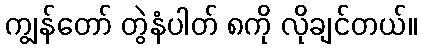
ကျွန်တော် တွဲနံပါတ် ၈ကို လိုချင်တယ်။